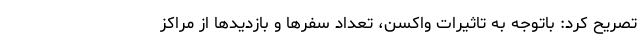
تصریح کرد: باتوجه به تاثیرات واکسن، تعداد سفرها و بازدیدها از مراکز